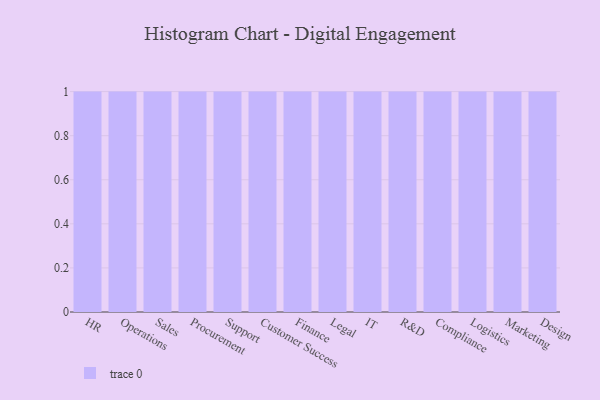
{"axis": {"x": "Department", "y": "LTV (USD)"}, "legend": [""], "data": [{"x": "HR", "y": 55, "type": ""}, {"x": "Operations", "y": 10, "type": ""}, {"x": "Sales", "y": 45, "type": ""}, {"x": "Procurement", "y": 1, "type": ""}, {"x": "Support", "y": 58, "type": ""}, {"x": "Customer Success", "y": 41, "type": ""}, {"x": "Finance", "y": 61, "type": ""}, {"x": "Legal", "y": 79, "type": ""}, {"x": "IT", "y": 71, "type": ""}, {"x": "R&D", "y": 44, "type": ""}, {"x": "Compliance", "y": 54, "type": ""}, {"x": "Logistics", "y": 24, "type": ""}, {"x": "Marketing", "y": 67, "type": ""}, {"x": "Design", "y": 77, "type": ""}]}